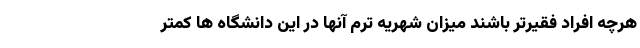
هرچه افراد فقیرتر باشند میزان شهریه ترم آنها در این دانشگاه ها کمتر